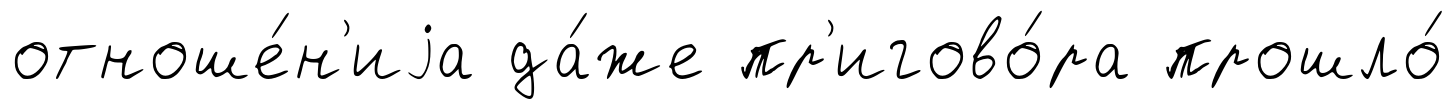
отноше́н'иjа да́же пр'игово́ра прошло́